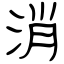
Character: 消